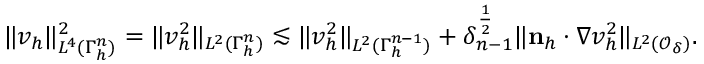
\| v _ { h } \| _ { L ^ { 4 } ( \Gamma _ { h } ^ { n } ) } ^ { 2 } = \| v _ { h } ^ { 2 } \| _ { L ^ { 2 } ( \Gamma _ { h } ^ { n } ) } \lesssim \| v _ { h } ^ { 2 } \| _ { L ^ { 2 } ( \Gamma _ { h } ^ { n - 1 } ) } + \delta _ { n - 1 } ^ { \frac 1 2 } \| \mathbf n _ { h } \cdot \nabla v _ { h } ^ { 2 } \| _ { L ^ { 2 } ( \mathcal { O } _ { \delta } ) } .